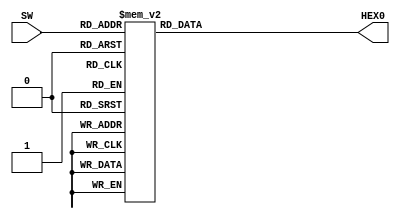
module verilog(SW, HEX0);
    input [3:0]SW;
    output [6:0]HEX0;
    reg [6:0] segmentos;
    always @ (*)
        case ({SW[3], SW[2], SW[1], SW[0] })
            4'b0000: segmentos=7'b0000001;
            4'b0001: segmentos=7'b1001111;
            4'b0010: segmentos=7'b0010010;
            4'b0011: segmentos=7'b0000110;
            4'b0100: segmentos=7'b1001100;
            4'b0101: segmentos=7'b0100100;
            4'b0110: segmentos=7'b0100000;
            4'b0111: segmentos=7'b0001111;
            4'b1000: segmentos=7'b0000000;
            4'b1001: segmentos=7'b0000100;
            default: segmentos = 7'b1111111;
        endcase
    assign HEX0 = segmentos;
endmodule